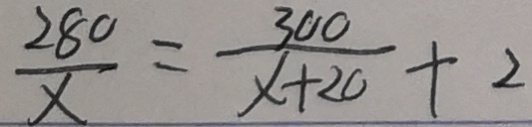
\frac { 2 8 0 } { x } = \frac { 3 0 0 } { x + 2 0 } + 2